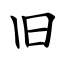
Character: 旧